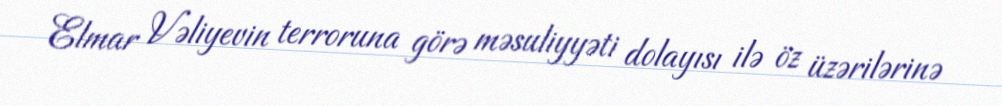
Elmar Vəliyevin terroruna görə məsuliyyəti dolayısı ilə öz üzərilərinə